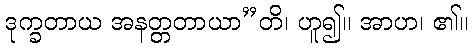
ဒုက္ခတာယ အနတ္တတာယာ”တိ၊ ဟူ၍။ အာဟ၊ ၏။